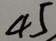
4 5